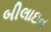
બીલાઇન